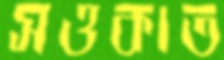
সওকাত